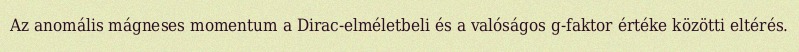
Az anomális mágneses momentum a Dirac-elméletbeli és a valóságos g-faktor értéke közötti eltérés.